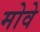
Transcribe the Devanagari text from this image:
मोवे